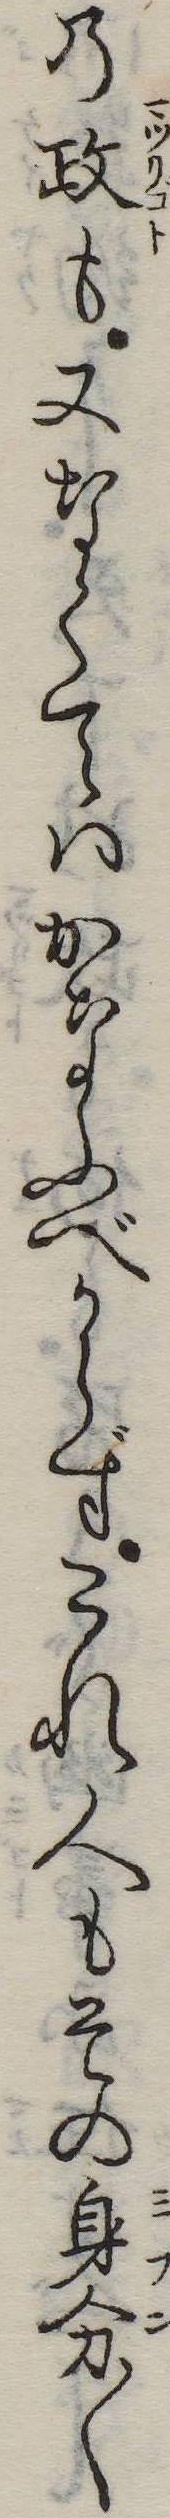
の政も又なくてはかなふべからずこれ人もその身分〱